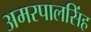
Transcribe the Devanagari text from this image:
अमरपालसिंह